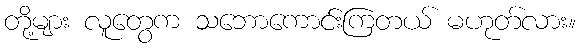
တို့များ လူတွေက သဘောကောင်းကြတယ် မဟုတ်လား။